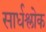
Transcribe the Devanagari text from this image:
सार्धश्लोक